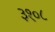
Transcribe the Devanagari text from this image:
३१०८